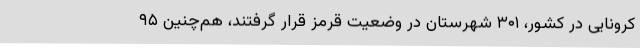
کرونایی در کشور، ۳۰۱ شهرستان در وضعیت قرمز قرار گرفتند، هم‌چنین ۹۵